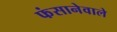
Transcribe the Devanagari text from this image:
फंसानेवाले